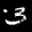
Label: 3